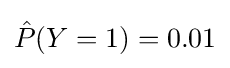
{\hat {P}}(Y=1)=0.01